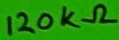
Text: 120KΩ